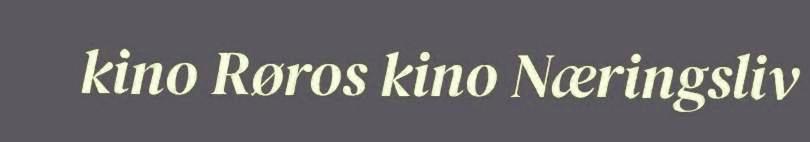
kino Røros kino Næringsliv